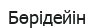
Бөрідейін